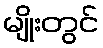
မျိုးတွင်